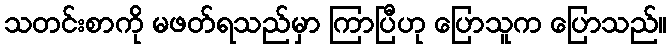
သတင်းစာကို မဖတ်ရသည်မှာ ကြာပြီဟု ပြောသူက ပြောသည်။